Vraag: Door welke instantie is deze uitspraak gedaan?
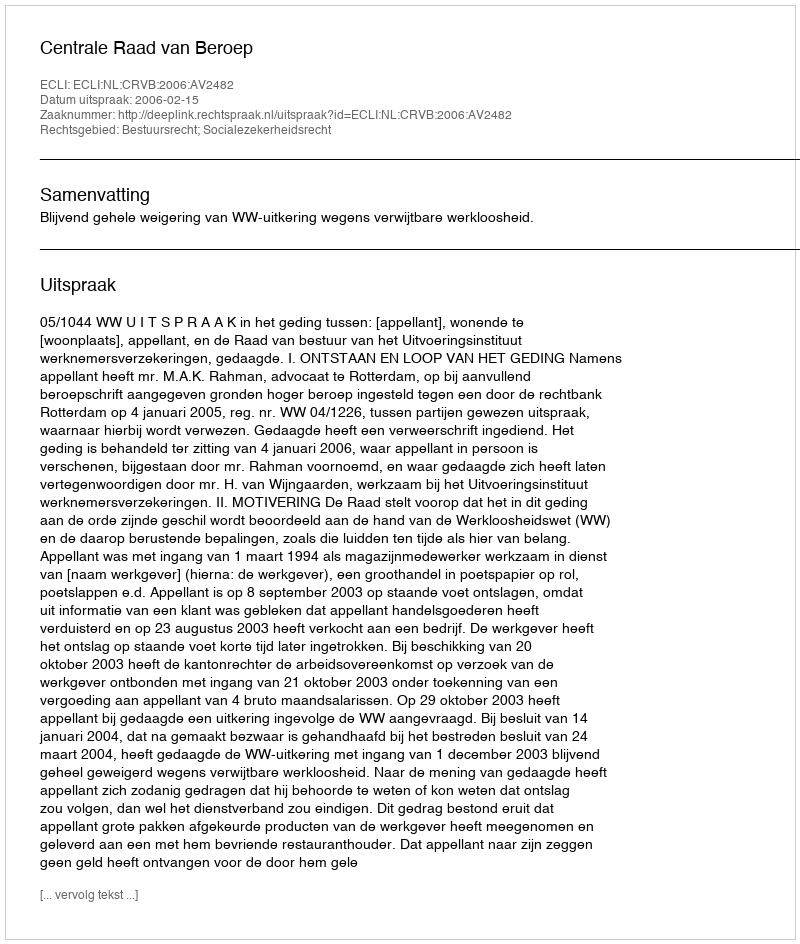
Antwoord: Centrale Raad van Beroep